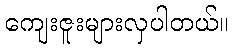
ကျေးဇူးများလှပါတယ်။